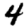
Digit: 4